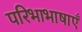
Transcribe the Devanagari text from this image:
परिभाभाषाएँ